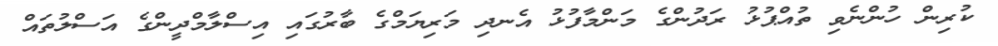
ކުރިން ހުންނެވި ތުއްޕުޅު ރަދުންގެ މަންމާފުޅު އެނދި މަރިޔަމްގެ ބާރުގައި އިސްލާމްދީންގެ އަސްލުތައް